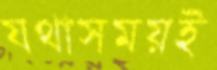
যথাসময়ই